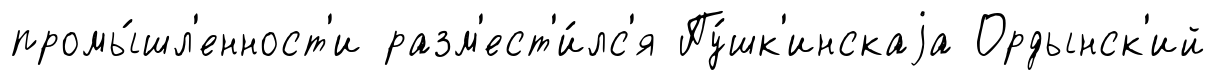
промы́шл'енност'и разм'ест'и́лс'я Пу́шк'инскаjа Ордынск'ий